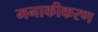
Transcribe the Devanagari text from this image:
मनाकीकरण